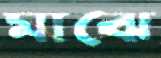
মাঝে